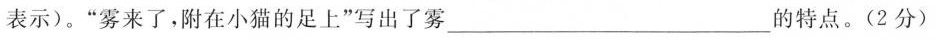
表示)。”雾来了，附在小猫的足上”写出了雾___ 的特点。(2分)